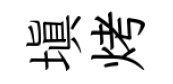
填烤